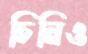
চিনিও